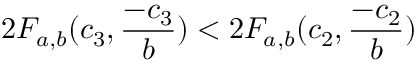
2 F _ { a , b } ( c _ { 3 } , \frac { - c _ { 3 } } { b } ) < 2 F _ { a , b } ( c _ { 2 } , \frac { - c _ { 2 } } { b } )